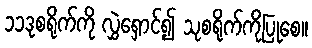
၁၁ဒုစရိုက်ကို လွှဲရှောင်၍ သုစရိုက်ကိုပြုစေ။